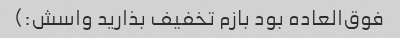
فوق‌العاده بود بازم تخفیف بذارید واسش:)